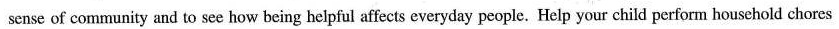
sense of community and to see how being helpful affects everyday people. Help your child perform household chores